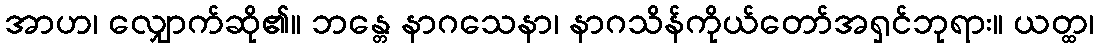
အာဟ၊ လျှောက်ဆို၏။ ဘန္တေ နာဂသေနာ၊ နာဂသိန်ကိုယ်တော်အရှင်ဘုရား။ ယတ္ထ၊